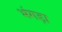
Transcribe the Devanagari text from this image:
भंगड़ा